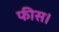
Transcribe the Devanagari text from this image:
फीस।